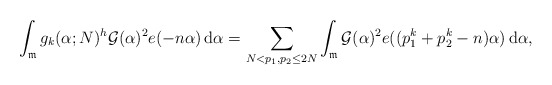
\begin{align*}\int_{\mathfrak m}g_k(\alpha;N)^h\mathcal G(\alpha)^2e(-n\alpha)\,{\rm d}\alpha =\sum_{N<p_1,p_2\le 2N}\int_{\mathfrak m}\mathcal G(\alpha)^2e((p_1^k+p_2^k-n)\alpha)\,{\rm d}\alpha ,\end{align*}